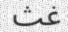
غث